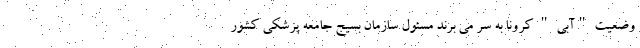
وضعیت "آبی " کرونا به سر می برند مسئول سازمان بسیج جامعه پزشکی کشور